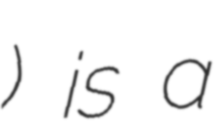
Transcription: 俊希) is a